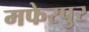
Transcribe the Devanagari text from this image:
मफेरपुर